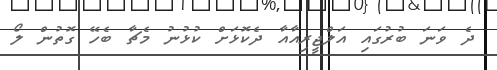
ދެ ވަނަ ބުރުގައި އަލްޖީރިއާއާ ދެކޮޅަށް ކުޅުނު މެޗާ ބެހޭ ގޮތުން ލޯ